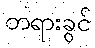
တရားခွင်